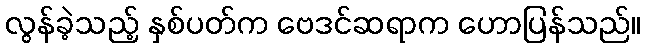
လွန်ခဲ့သည့် နှစ်ပတ်က ဗေဒင်ဆရာက ဟောပြန်သည်။